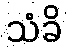
သံခိ